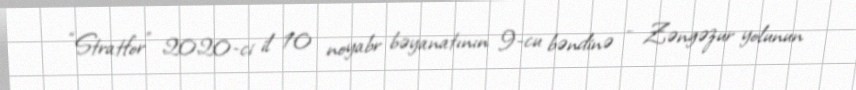
“Stratfor” 2020-ci il 10 noyabr bəyanatının 9-cu bəndinə - Zəngəzur yolunun